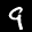
Label: 9